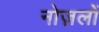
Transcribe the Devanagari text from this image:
नोज़लों